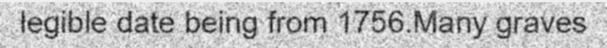
legible date being from 1756.Many graves